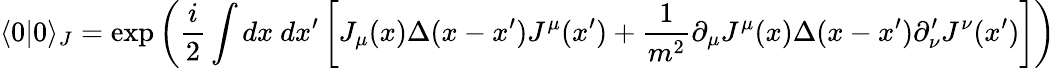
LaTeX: \langle 0|0\rangle_{J}=\exp{\left({\frac{i}{2}}\int dx~dx^{\prime}\left[J_{\mu}(x)\Delta(x-x^{\prime})J^{\mu}(x^{\prime})+{\frac{1}{m^{2}}}\partial_{\mu}J^{\mu}(x)\Delta(x-x^{\prime})\partial_{\nu}^{\prime}J^{\nu}(x^{\prime})\right]\right)}